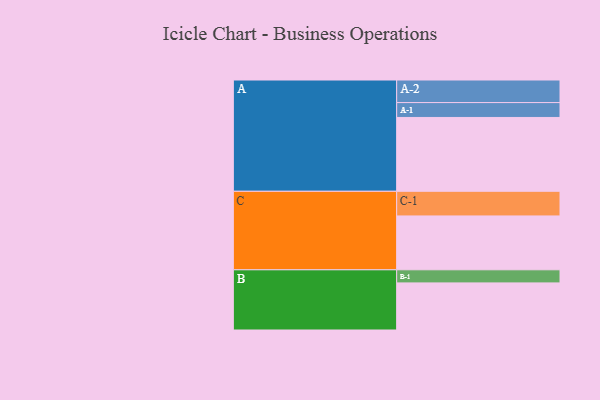
{"axis": {"x": "Segment", "y": "Value"}, "legend": ["", "A", "B", "C"], "data": [{"x": "A", "y": 536, "type": ""}, {"x": "B", "y": 342, "type": ""}, {"x": "C", "y": 391, "type": ""}, {"x": "A-1", "y": 108, "type": "A"}, {"x": "A-2", "y": 164, "type": "A"}, {"x": "B-1", "y": 95, "type": "B"}, {"x": "C-1", "y": 179, "type": "C"}]}